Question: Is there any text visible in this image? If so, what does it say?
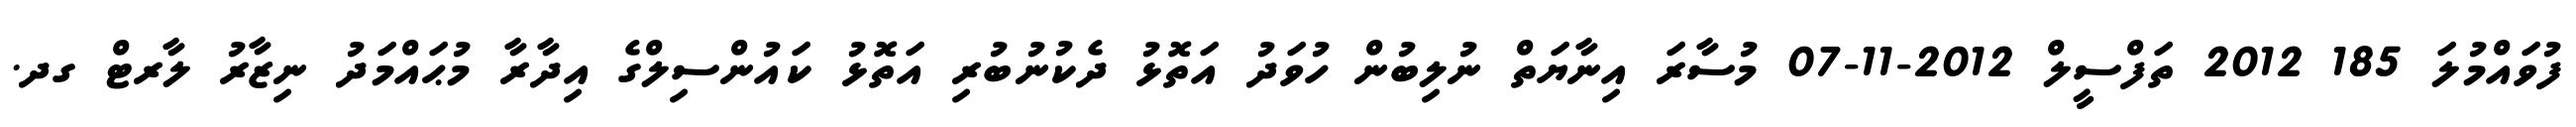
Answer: ފުވައްމުލަ 185 2012 ތަފްސީލް 2012-11-07 މުސާރަ އިނާޔަތް ނުލިބުން ހުވަދު އަތޮޅު ދެކުނުބުރި އަތޮޅު ކައުންސިލްގެ އިދާރާ މުޙައްމަދު ނިޒާރު ލާރޓް ގދ.